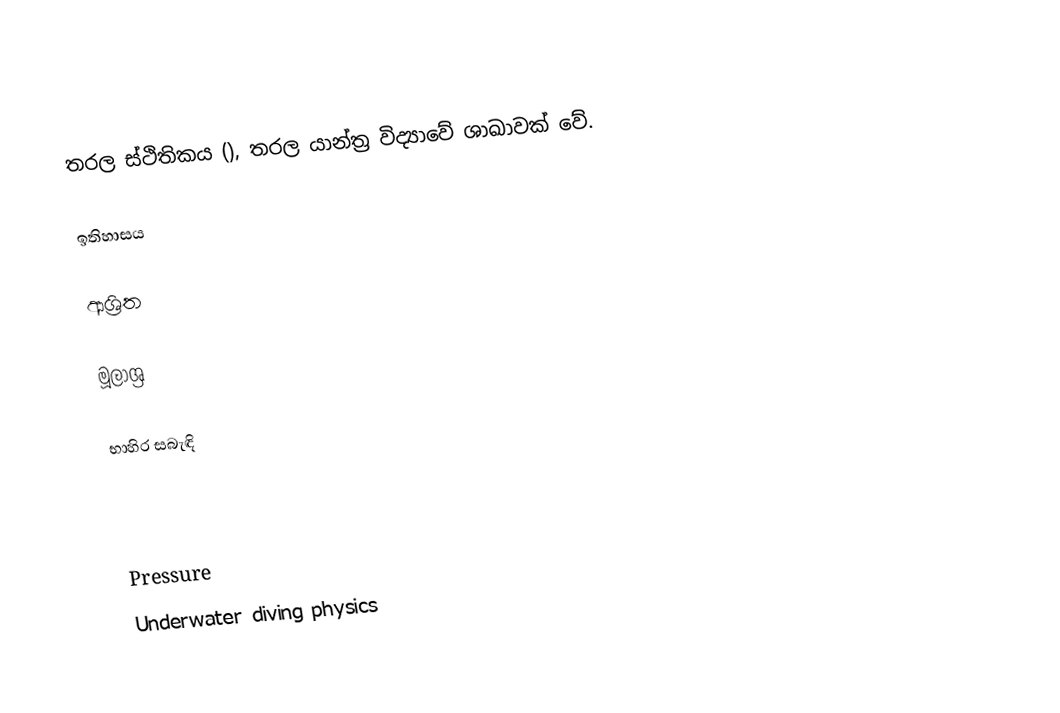
තරල ස්ථිතිකය (), තරල යාන්ත්‍ර විද්‍යාවේ ශාඛාවක් වේ.

ඉතිහාසය

ආශ්‍රිත

මූලාශ්‍ර

භාහිර සබැඳි

Pressure
Underwater diving physics